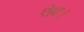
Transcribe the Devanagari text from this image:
ऐहा।